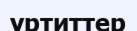
уртиттер